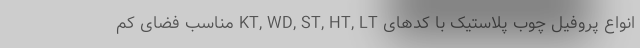
انواع پروفیل چوب پلاستیک با کدهای KT, WD, ST, HT, LT مناسب فضای کم